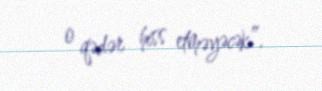
o qədər hiss etməyəcək”.